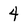
Character: 4